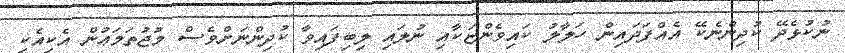
ނުކުޅެދޭ ކުދިންނެކޭ އެއްފަދައިން ހަލާލު ކައިވެންޏަކާއި ނުލައި ލިބިފައިވާ ކުދިންނަށްވެސް މުޖުތަމަޢުން އެކިއެކި